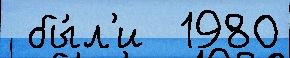
 бы́л'и  1980